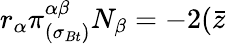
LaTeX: r_{\alpha}\pi_{(\sigma_{Bt})}^{\alpha\beta}N_{\beta}=-2(\bar{z}